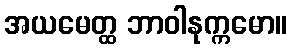
အယမေတ္ထ ဘာဝါနုက္ကမော။